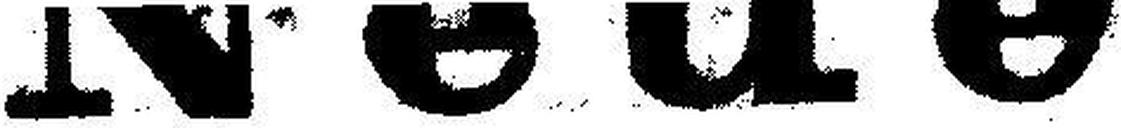
Neue